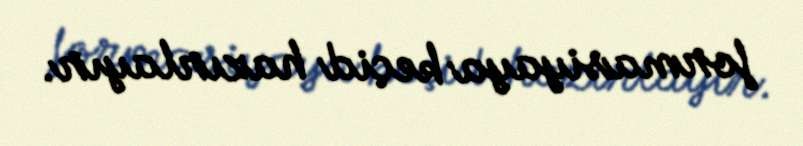
formasiyaya keçid hazırlayır.